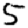
Digit: 5